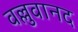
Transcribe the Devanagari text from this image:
वल्लुवानद